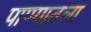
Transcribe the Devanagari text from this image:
पाण्यातला